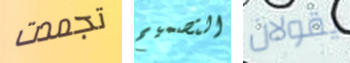
تجمدت التصميم يقولان